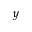
y